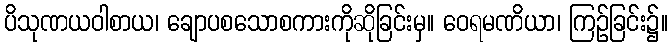
ပိသုဏယဝါစာယ၊ ချောပစသောစကားကိုဆိုခြင်းမှ။ ဝေရမဏိယာ၊ ကြဉ်ခြင်း၌။